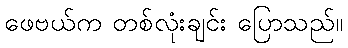
ဖေဗယ်က တစ်လုံးချင်း ပြောသည်။